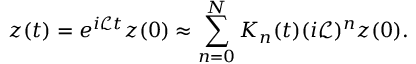
z ( t ) = e ^ { i \mathcal { L } t } z ( 0 ) \approx \sum _ { n = 0 } ^ { N } K _ { n } ( t ) ( i \mathcal { L } ) ^ { n } z ( 0 ) .